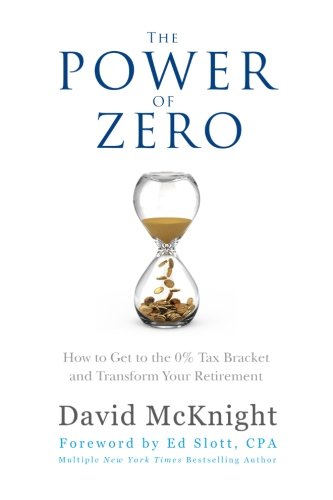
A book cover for The Power of Zero: How to Get to the 0% Tax Bracket and Transform Your Retirement; David McKnight; Business & Money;